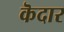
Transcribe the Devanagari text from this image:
कॆदार